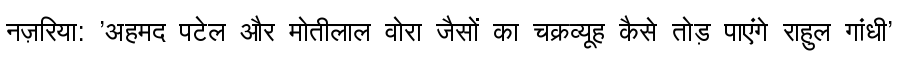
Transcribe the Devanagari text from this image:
नज़रिया: 'अहमद पटेल और मोतीलाल वोरा जैसों का चक्रव्यूह कैसे तोड़ पाएंगे राहुल गांधी'